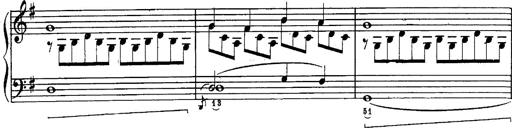
Title: Schubert's Impromptus [revised and edited by Franz Liszt]
Composer: Franz Liszt